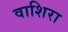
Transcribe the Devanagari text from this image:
वाशिरा